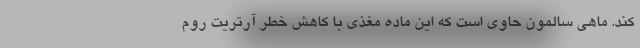
کند. ماهی سالمون حاوی است که این ماده مغذی با کاهش خطر آرتریت روم